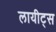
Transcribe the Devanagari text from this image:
लायीट्स